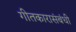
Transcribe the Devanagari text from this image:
गीतकारासंबंधी